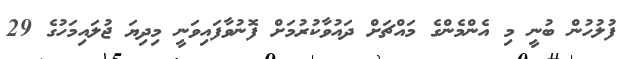
ފުލުހުން ބުނީ މި އެންމެންގެ މައްޗަށް ދައުވާކުރުމަށް ފޮނުވާފައިވަނީ މިދިޔަ ޖުލައިމަހުގެ 29